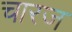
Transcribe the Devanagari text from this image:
चारज